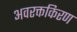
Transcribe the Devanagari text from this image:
अवरक्तकिरण